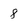
Character: 8